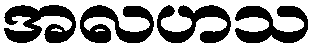
အလဟသ